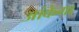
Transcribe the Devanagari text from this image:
आंकेगा